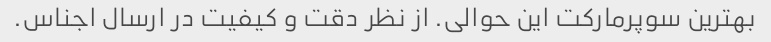
بهترین سوپرمارکت این حوالی. از نظر دقت و کیفیت در ارسال اجناس.